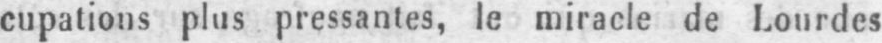
cupations plus pressantes, le miracle de Lourdes